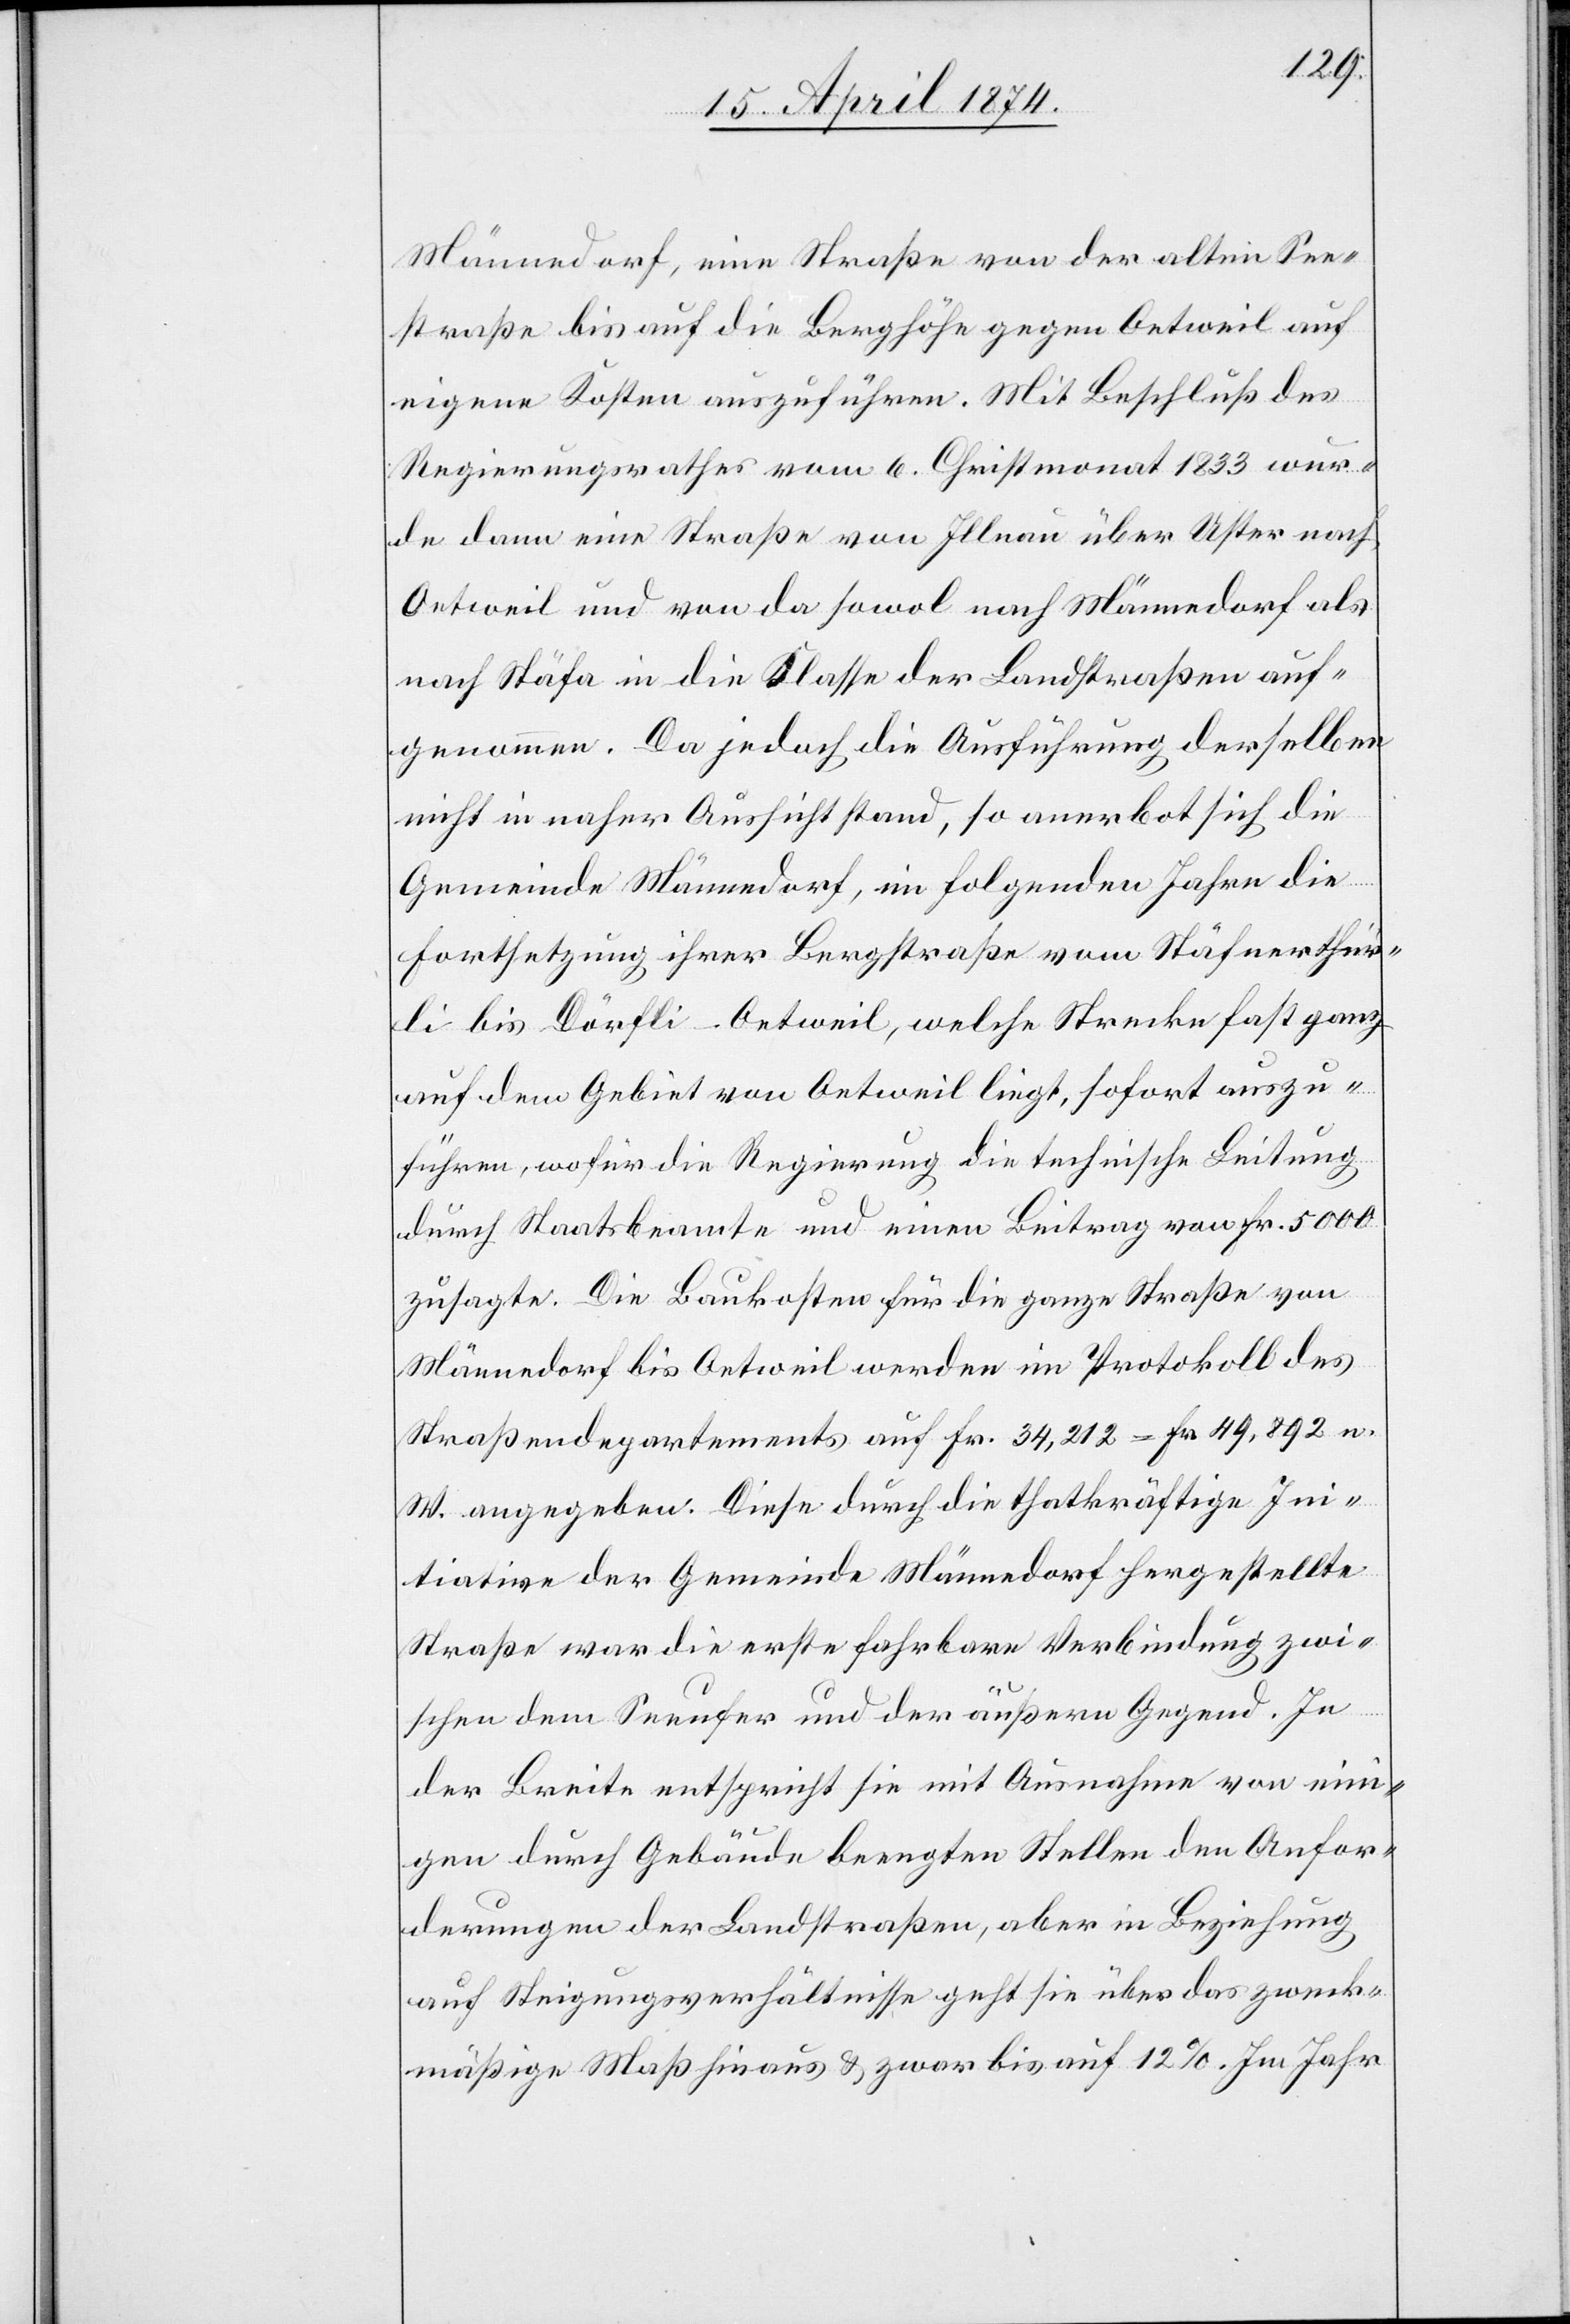
Männedorf, eine Straße von der alten See¬
straße bis auf die Berghöhe gegen Oetweil auf
eigene Kosten auszuführen. Mit Beschluß des
Regierungsrathes vom 6. Christmonat 1833 wur¬
de dann eine Straße von Illnau über Uster nach
Oetweil und von da sowol nach Männedorf als
nach Stäfa in die Klasse der Landstraßen auf¬
genommen. Da jedoch die Ausführung derselben
nicht in naher Aussicht stand, so anerbot sich die
Gemeinde Männedorf, im folgenden Jahre die
Fortsetzung ihrer Bergstraße vom Stäfnerthür¬
li bis Dörfli-Oetweil, welche Strecke fast ganz
auf dem Gebiet von Oetweil liegt, sofort auszu¬
führen, wofür die Regierung die technische Leitung
durch Staatsbeamte und einen Beitrag von Fr. 5000
zusagte. Die Baukosten für die ganze Straße von
Männedorf bis Oetweil werden im Protokoll des
Straßendepartements auf Fr. 34,212 – Fr. 49,892 n.
W. angegeben. Diese durch die thatkräftige Ini¬
tiative der Gemeinde Männedorf hergestellte
Straße war die erste fahrbare Verbindung zwi¬
schen dem Seeufer und der äußern Gegend. In
der Breite entspricht sie mit Ausnahme von eini¬
gen durch Gebäude beengten Stellen den Anfor¬
derungen der Landstraßen, aber in Beziehung
auf Steigungsverhältnisse geht sie über das zweck¬
mäßige Maß hinaus u. zwar bis auf 12%. Im Jahr